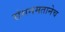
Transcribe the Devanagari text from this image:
संगनमतानेच